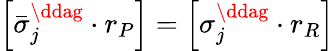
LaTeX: \left[\bar{\sigma}_{j}^{\ddag}\cdot r_{P}\right]=\left[\sigma_{j}^{\ddag}\cdot r_{R}\right]